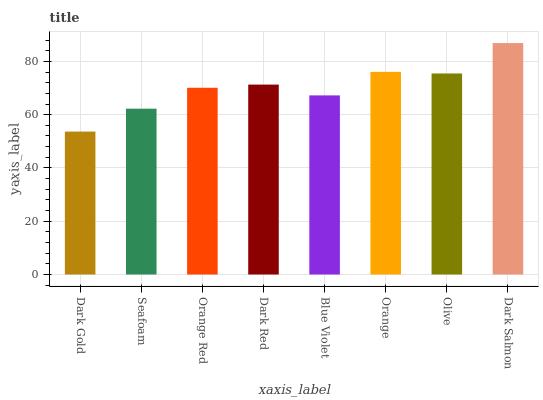
| xaxis_label | bars |
 | --- | --- |
 | Dark Gold | 53.7 |
 | Seafoam | 62.3 |
 | Orange Red | 70.1 |
 | Dark Red | 71.3 |
 | Blue Violet | 67.2 |
 | Orange | 76.1 |
 | Olive | 75.5 |
 | Dark Salmon | 86.9 |